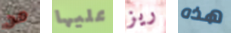
من عليها ريز هذه